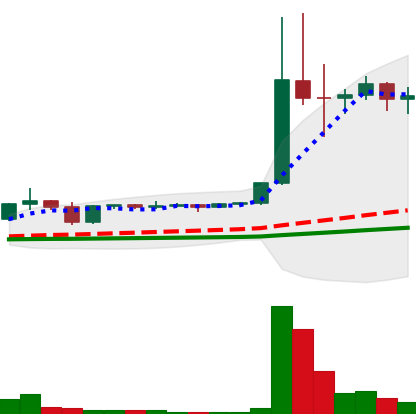
Ticker: DOGE-USD
Chart end date: 2021-01-08
Forward return: -12.492%
Label: down_7plus